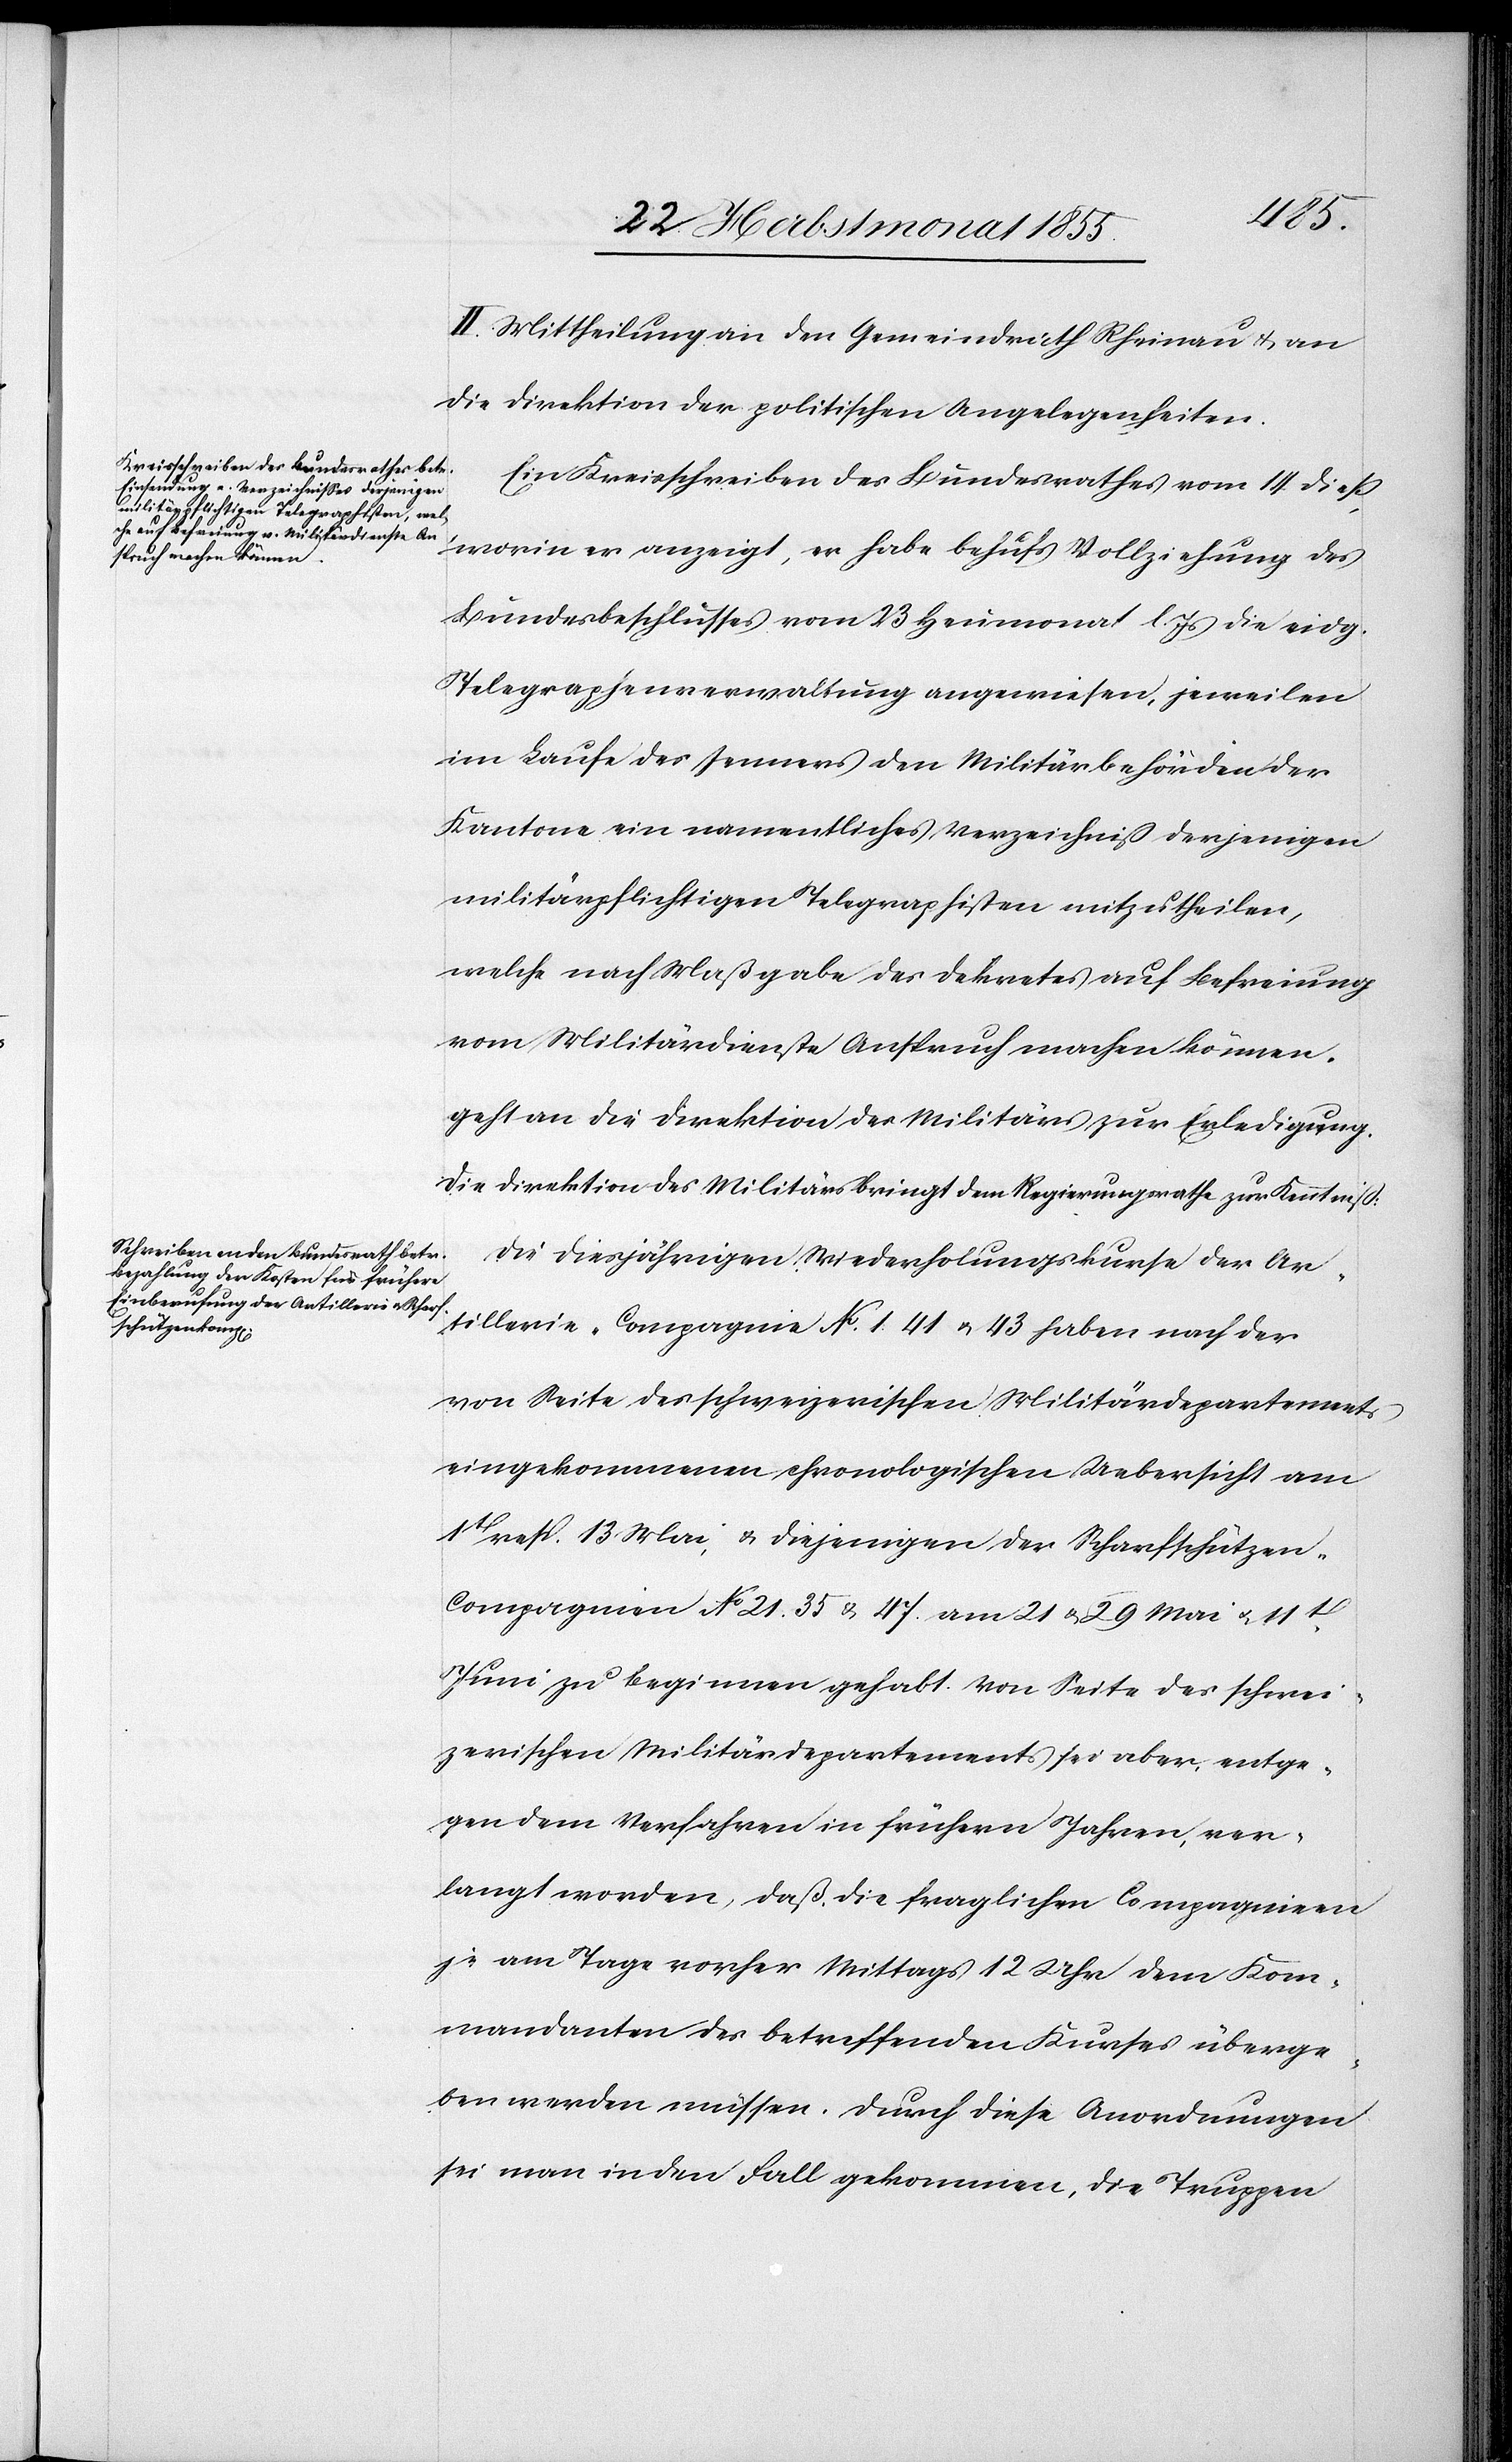
II. Mittheilung an den Gemeindrath Rheinau & an
die Direktion der politischen Angelegenheiten.
Ein Kreisschreiben des Bundesrathes vom 14. dieß,
worin er anzeigt, er habe behufs Vollziehung des
Bundesbeschlusses vom 23 Heumonat l. Js die eidg.
Telegraphenverwaltung angewiesen, jeweilen
im Laufe des Jenners den Militärbehörden der
Kantone ein namentliches Verzeichniß derjenigen
militärpflichtigen Telegraphisten mitzutheilen,
welche nach Maßgabe des Dekretes auf Befreiung
vom Militärdienste Anspruch machen können,
geht an die Direktion des Militärs zur Erledigung.
Die Direktion des Militärs bringt dem Regierungsrathe zur Kenntniß:
Die diesjährigen Wiederholungskurse der Ar¬
tillerie-Compagnie No. 1. 41 & 43 haben nach der
von Seite des schweizerischen Militärdepartements
eingekommenen chronologischen Uebersicht am
1t resp. 13 Mai, & diejenigen der Scharfschütze¬
n-Compagnien No 21. 35 & 47. am 21 & 29 Mai & 11t.
Juni zu beginnen gehabt. Von Seite des schwei¬
zerischen Militärdepartements sei aber, entge¬
gen dem Verfahren in frühern Jahren, ver¬
langt worden, daß, die fraglichen Compagnieen
je am Tage vorher Mittags 12 Uhr dem Kom¬
mandanten des betreffenden Kurses überge¬
ben werden müssen. Durch diese Anordnungen
sei man in den Fall gekommen, die Truppen